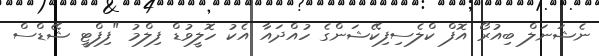
ނެޝަނަލް ބިއުރޯ އޮފް ކްލެސިފިކޭޝަންގެ ހުއްދައާ އެކު ހޮލީވުޑް ފިލްމު "ފިފްޓީ ޝޭޑްސް